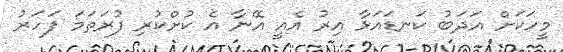
މީހަކަށް އަދަބު ކަނޑައަޅާ އިރު އެއީ އޭނާ އެ ކުށްކުރި ފުރަތަމަ ފަހަރު